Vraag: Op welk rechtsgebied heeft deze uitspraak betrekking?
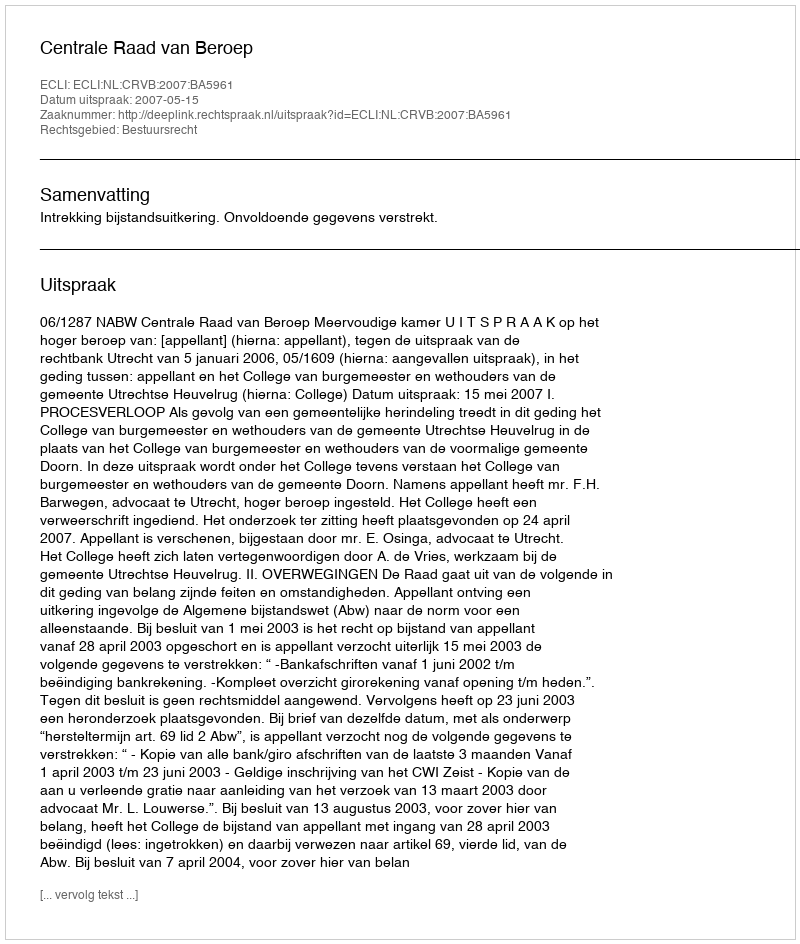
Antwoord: Bestuursrecht